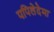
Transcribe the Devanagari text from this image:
पपिलेदेमा